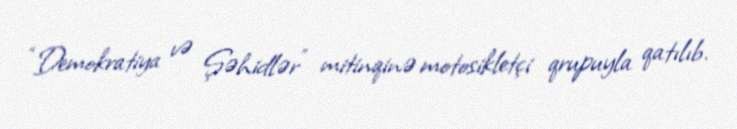
“Demokratiya və Şəhidlər” mitinqinə motosikletçi qrupuyla qatılıb.